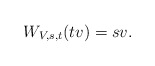
\begin{align*}W_{V,s,t}(tv)=sv.\end{align*}